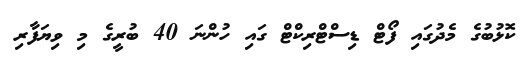
ކޮޅުބުގެ މެދުގައި ފޯޓް ޑިސްޓްރިކްޓް ގައި ހުންނަ 40 ބުރީގެ މި ވިޔަފާރި